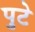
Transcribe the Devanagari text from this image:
पुटे